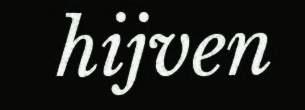
hijven